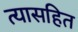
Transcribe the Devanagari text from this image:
त्यासहित